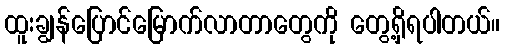
ထူးချွန်ပြောင်မြောက်လာတာတွေကို တွေ့ရှိရပါတယ်။